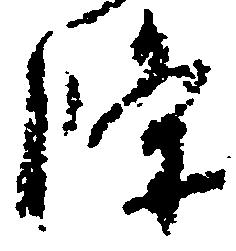
条